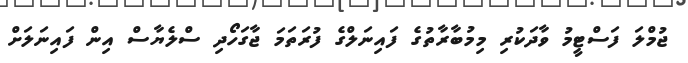
ޖުމްލަ ފަސްޓީމު ވާދަކުރި މިމުބާރާތުގެ ފައިނަލްގެ ފުރަތަމަ ޖާގަހޯދި ސްލެޔާސް އިން ފައިނަލަށް